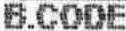
B.CODE